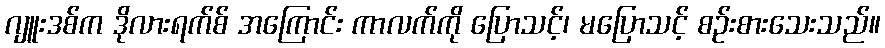
ဂျူးဒစ်က ဒိုလားရက်စ် အကြောင်း ကာလက်ကို ပြောသင့်၊ မပြောသင့် စဉ်းစားသေးသည်။